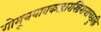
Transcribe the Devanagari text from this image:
गोमूत्रयावकाहारस्त्रिरात्राच्छुद्धिं